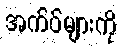
အက်ပ်များကို